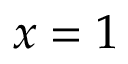
x = 1